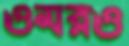
ওমরও